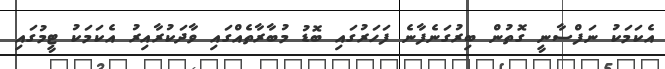
އެކަމަކު ނަފްސާނީ ގޮތުން ބިރުގަނެފާނެ ފަހަރުގައި ބޮޑު މުބާރާތެއްގައި ވާދަކުރާއިރު އެކަމަކު ޓީމުގައި